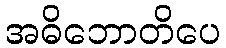
အဓိဘောတိပေ